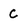
Character: C